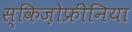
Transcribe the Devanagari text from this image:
स्किज़ोफ्रीनिया